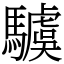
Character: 𩦢